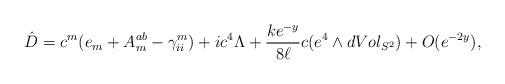
LaTeX: \begin{align*}\hat D = c^m(e_m+A_m^{ab}-\gamma_{ii}^m)+ic^4\Lambda +\frac{ke^{-y}}{8\ell}c(e^4\wedge dVol_{S^2}) + O(e^{-2y}),\end{align*}